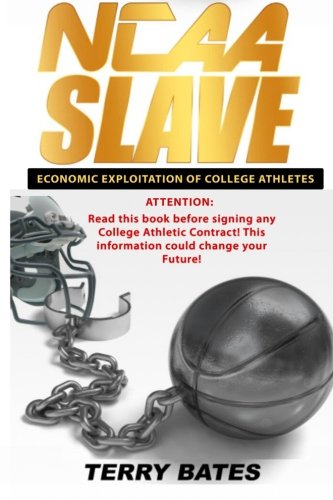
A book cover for NCAA Slave: Economic Exploitation of College Athletes; Terry Tei Bates; Law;